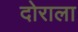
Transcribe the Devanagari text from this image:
दोराला